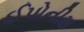
ઈપોનીમ